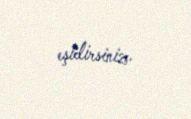
eşidirsiniz.